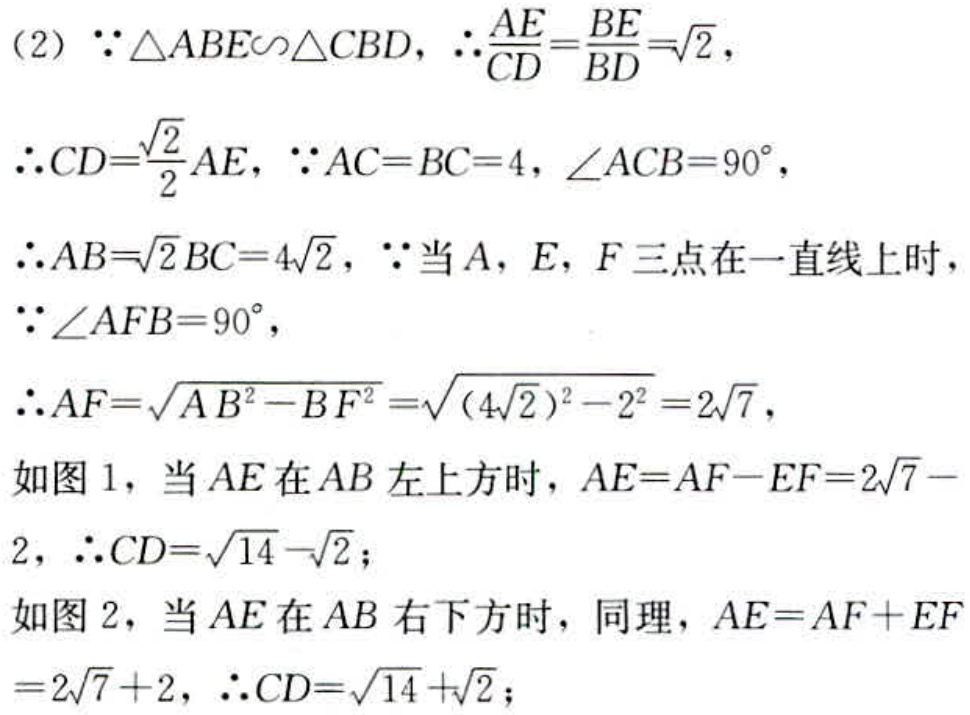
（2）\(\because\triangle ABE\sim\triangle CBD\)，\(\therefore\frac{AE}{CD}=\frac{BE}{BD}=\sqrt{2}\)，
\(\therefore CD = \frac{\sqrt{2}}{2}AE\)，\(\because AC = BC = 4\)，\(\angle ACB = 90^{\circ}\)，
\(\therefore AB=\sqrt{2}BC = 4\sqrt{2}\)，\(\because\)当\(A\)，\(E\)，\(F\)三点在一直线上时，
\(\because\angle AFB = 90^{\circ}\)，
\(\therefore AF=\sqrt{AB^{2}-BF^{2}}=\sqrt{(4\sqrt{2})^{2}-2^{2}} = 2\sqrt{7}\)，
如图1，当\(AE\)在\(AB\)左上方时，\(AE = AF - EF = 2\sqrt{7}-2\)，\(\therefore CD=\sqrt{14}-\sqrt{2}\)；
如图2，当\(AE\)在\(AB\)右下方时，同理，\(AE = AF + EF=2\sqrt{7}+2\)，\(\therefore CD=\sqrt{14}+\sqrt{2}\)；